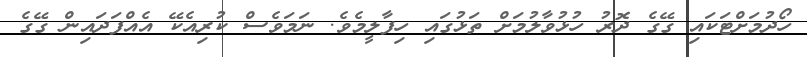
ހޯދުމަށްޓަކައި ގޭގެ ދޮރު ހުޅުވާލުމަށް ތަޅުގައި ހިފާލީމެވެ. ނަމަވެސް ކުރިއެކޭ އެއްފަދައިން ގޭގެ